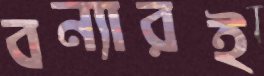
বন্যারই